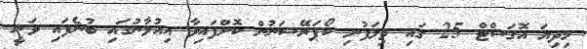
މިދިޔަ އޮގަސްޓް 25 ގައި ތިލަފުށި ކޯޕަރޭޝަނުން ކޮށްފައިވާ އިއުލާނުގައި ބުނެފައި ވަނީ